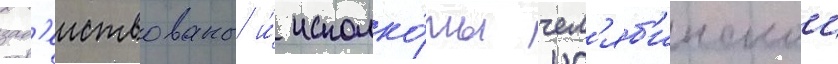
зад'еиствованы и́ исполко́мы чел'яб'инскои